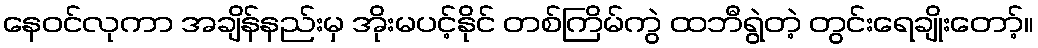
နေဝင်လုကာ အချိန်နည်းမှ အိုးမပင့်နိုင် တစ်ကြိမ်ကွဲ ထဘီရွဲတဲ့ တွင်းရေချိုးတော့်။